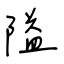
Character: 隘